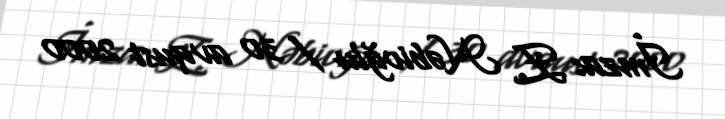
İmza: Z. Nəbioğlu / 30 avqust 2000